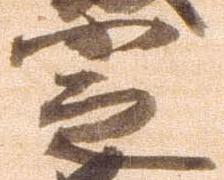
定